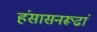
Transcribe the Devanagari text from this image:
हंसासनरूढां